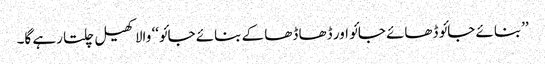
’’بنائے جائو ڈھائے جائو اور ڈھا ڈھا کے بنائے جائو‘‘ والا کھیل چلتا رہے گا۔